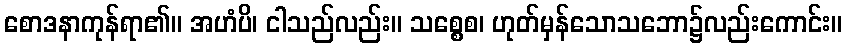
စောဒနာကုန်ရာ၏။ အဟံပိ၊ ငါသည်လည်း။ သစ္စေစ၊ ဟုတ်မှန်သောသဘော၌လည်းကောင်း။